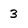
Character: 3